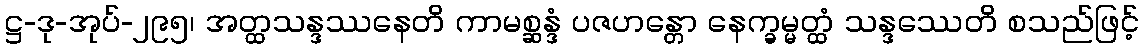
ဋ္ဌ-ဒု-အုပ်-၂၉၅၊ အတ္ထသန္ဒဿနေတိ ကာမစ္ဆန္ဒံ ပဇဟန္တော နေက္ခမ္မတ္ထံ သန္ဒဿေတိ စသည်ဖြင့်